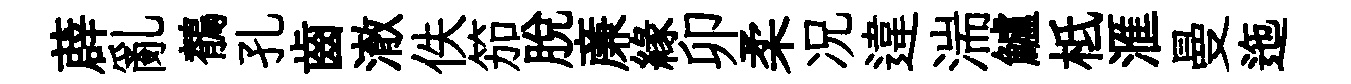
薜亂鶺孔齒澈佚笳脫亷緣卯柔况違湍鱸柢滙曼迤